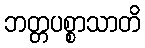
ဘတ္တပစ္စာသာတိ